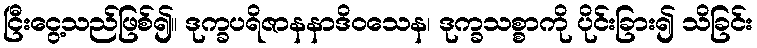
ငြီးငွေ့သည်ဖြစ်၍။ ဒုက္ခပရိဇာနနာဒိဝသေန၊ ဒုက္ခသစ္စာကို ပိုင်းခြား၍ သိခြင်း